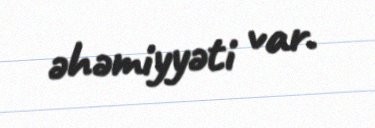
əhəmiyyəti var.